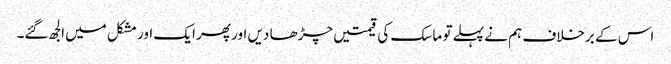
اس کے برخلاف ہم نے پہلے تو ماسک کی قیمتیں چڑھا دیں اور پھر ایک اور مشکل میں الجھ گئے۔